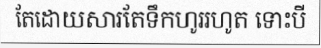
តែដោយសារតែទឹកហូររហូត ទោះបី